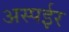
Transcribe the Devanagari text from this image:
अस्पईर